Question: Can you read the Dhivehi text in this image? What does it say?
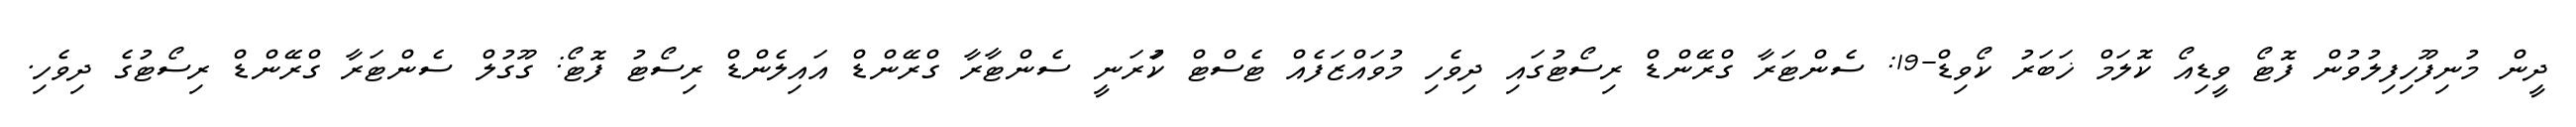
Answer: ދީން މުނިފޫހިފިލުވުން ފޮޓޯ ވީޑިއޯ ކޮލަމް ޚަބަރު ކޯވިޑް-19: ސެންޓަރާ ގްރޭންޑް ރިސޯޓުގައި ދިވެހި މުވައްޒަފެއް ޓެސްޓް ކުަރަނީ ސެންޓާރާ ގްރޭންޑް އައިލެންޑް ރިސޯޓު ފޮޓޯ: ގޫގުލް ސެންޓަރާ ގްރޭންޑް ރިސޯޓުގެ ދިވެހި.